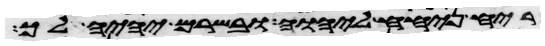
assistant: ריח ניחח ליהוה ובשרם יהיה לך